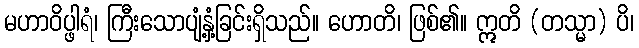
မဟာဝိပ္ဖါရံ၊ ကြီးသောပျံ့နှံ့ခြင်းရှိသည်။ ဟောတိ၊ ဖြစ်၏။ ဣတိ (တသ္မာ) ပိ၊